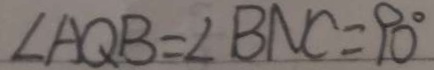
\angle A Q B = \angle B N C = 9 0 ^ { \circ }